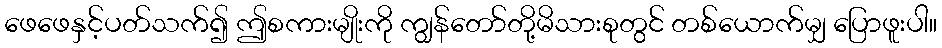
ဖေဖေနှင့်ပတ်သက်၍ ဤစကားမျိုးကို ကျွန်တော်တို့မိသားစုတွင် တစ်ယောက်မျှ ပြောဖူးပါ။